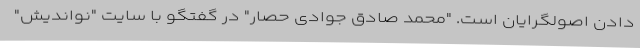
دادن اصولگرایان است. "محمد صادق جوادی حصار" در گفتگو با سایت "نواندیش"